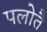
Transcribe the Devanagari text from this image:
पलोतै